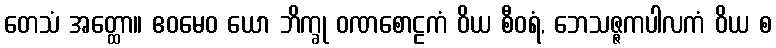
တေသံ အတ္ထော။ ဧဝမေဝ ယော ဘိက္ခု ဝဏစောဠကံ ဝိယ စီဝရံ, ဘေသဇ္ဇကပါလကံ ဝိယ စ